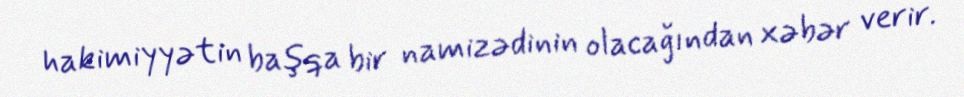
hakimiyyətin başqa bir namizədinin olacağından xəbər verir.